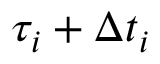
\tau _ { i } + \Delta t _ { i }